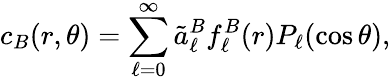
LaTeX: c_{B}(r,\theta)=\sum_{\ell=0}^{\infty}\tilde{a}_{\ell}^{B}f_{\ell}^{B}(r)P_{\ell}(\cos\theta),